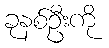
ခုနစ်ဦးကို